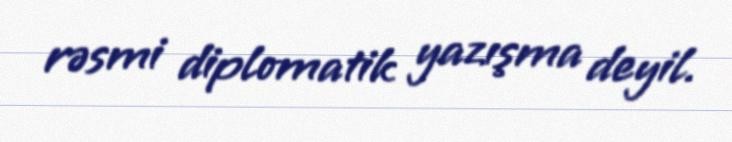
rəsmi diplomatik yazışma deyil.